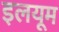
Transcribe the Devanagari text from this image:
इलयूम